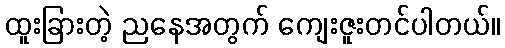
ထူးခြားတဲ့ ညနေအတွက် ကျေးဇူးတင်ပါတယ်။